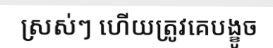
ស្រស់ៗ ហើយត្រូវគេបង្ខូច